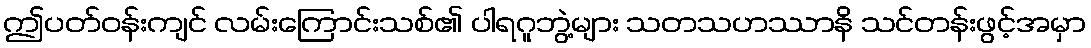
ဤပတ်ဝန်းကျင် လမ်းကြောင်းသစ်၏ ပါရဂူဘွဲ့များ သတသဟဿာနိ သင်တန်းဖွင့်အမှာ